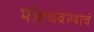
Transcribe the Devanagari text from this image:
पोहचवण्याचं